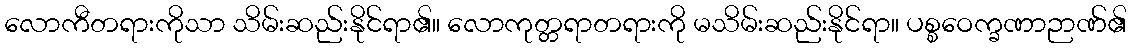
လောကီတရားကိုသာ သိမ်းဆည်းနိုင်ရာ၏။ လောကုတ္တရာတရားကို မသိမ်းဆည်းနိုင်ရာ။ ပစ္စဝေက္ခဏာဉာဏ်၏